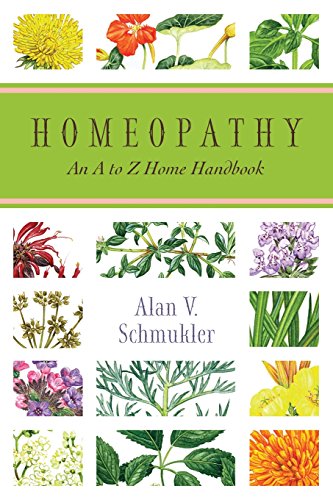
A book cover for Homeopathy: An A to Z Home Handbook; Alan Schmukler; Health, Fitness & Dieting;